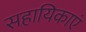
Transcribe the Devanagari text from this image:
सहायिकाएं